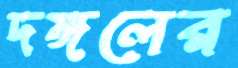
দঙ্গলের